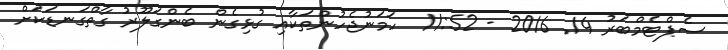
ސެޕްޓެމްބަރު 14